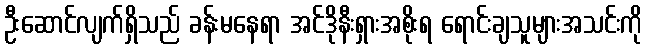
ဦးဆောင်လျက်ရှိသည် ခန်းမနေရာ အင်ဒိုနီးရှားအစိုးရ ရောင်းချသူများအသင်းကို